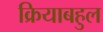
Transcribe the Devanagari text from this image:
क्रियाबहुल